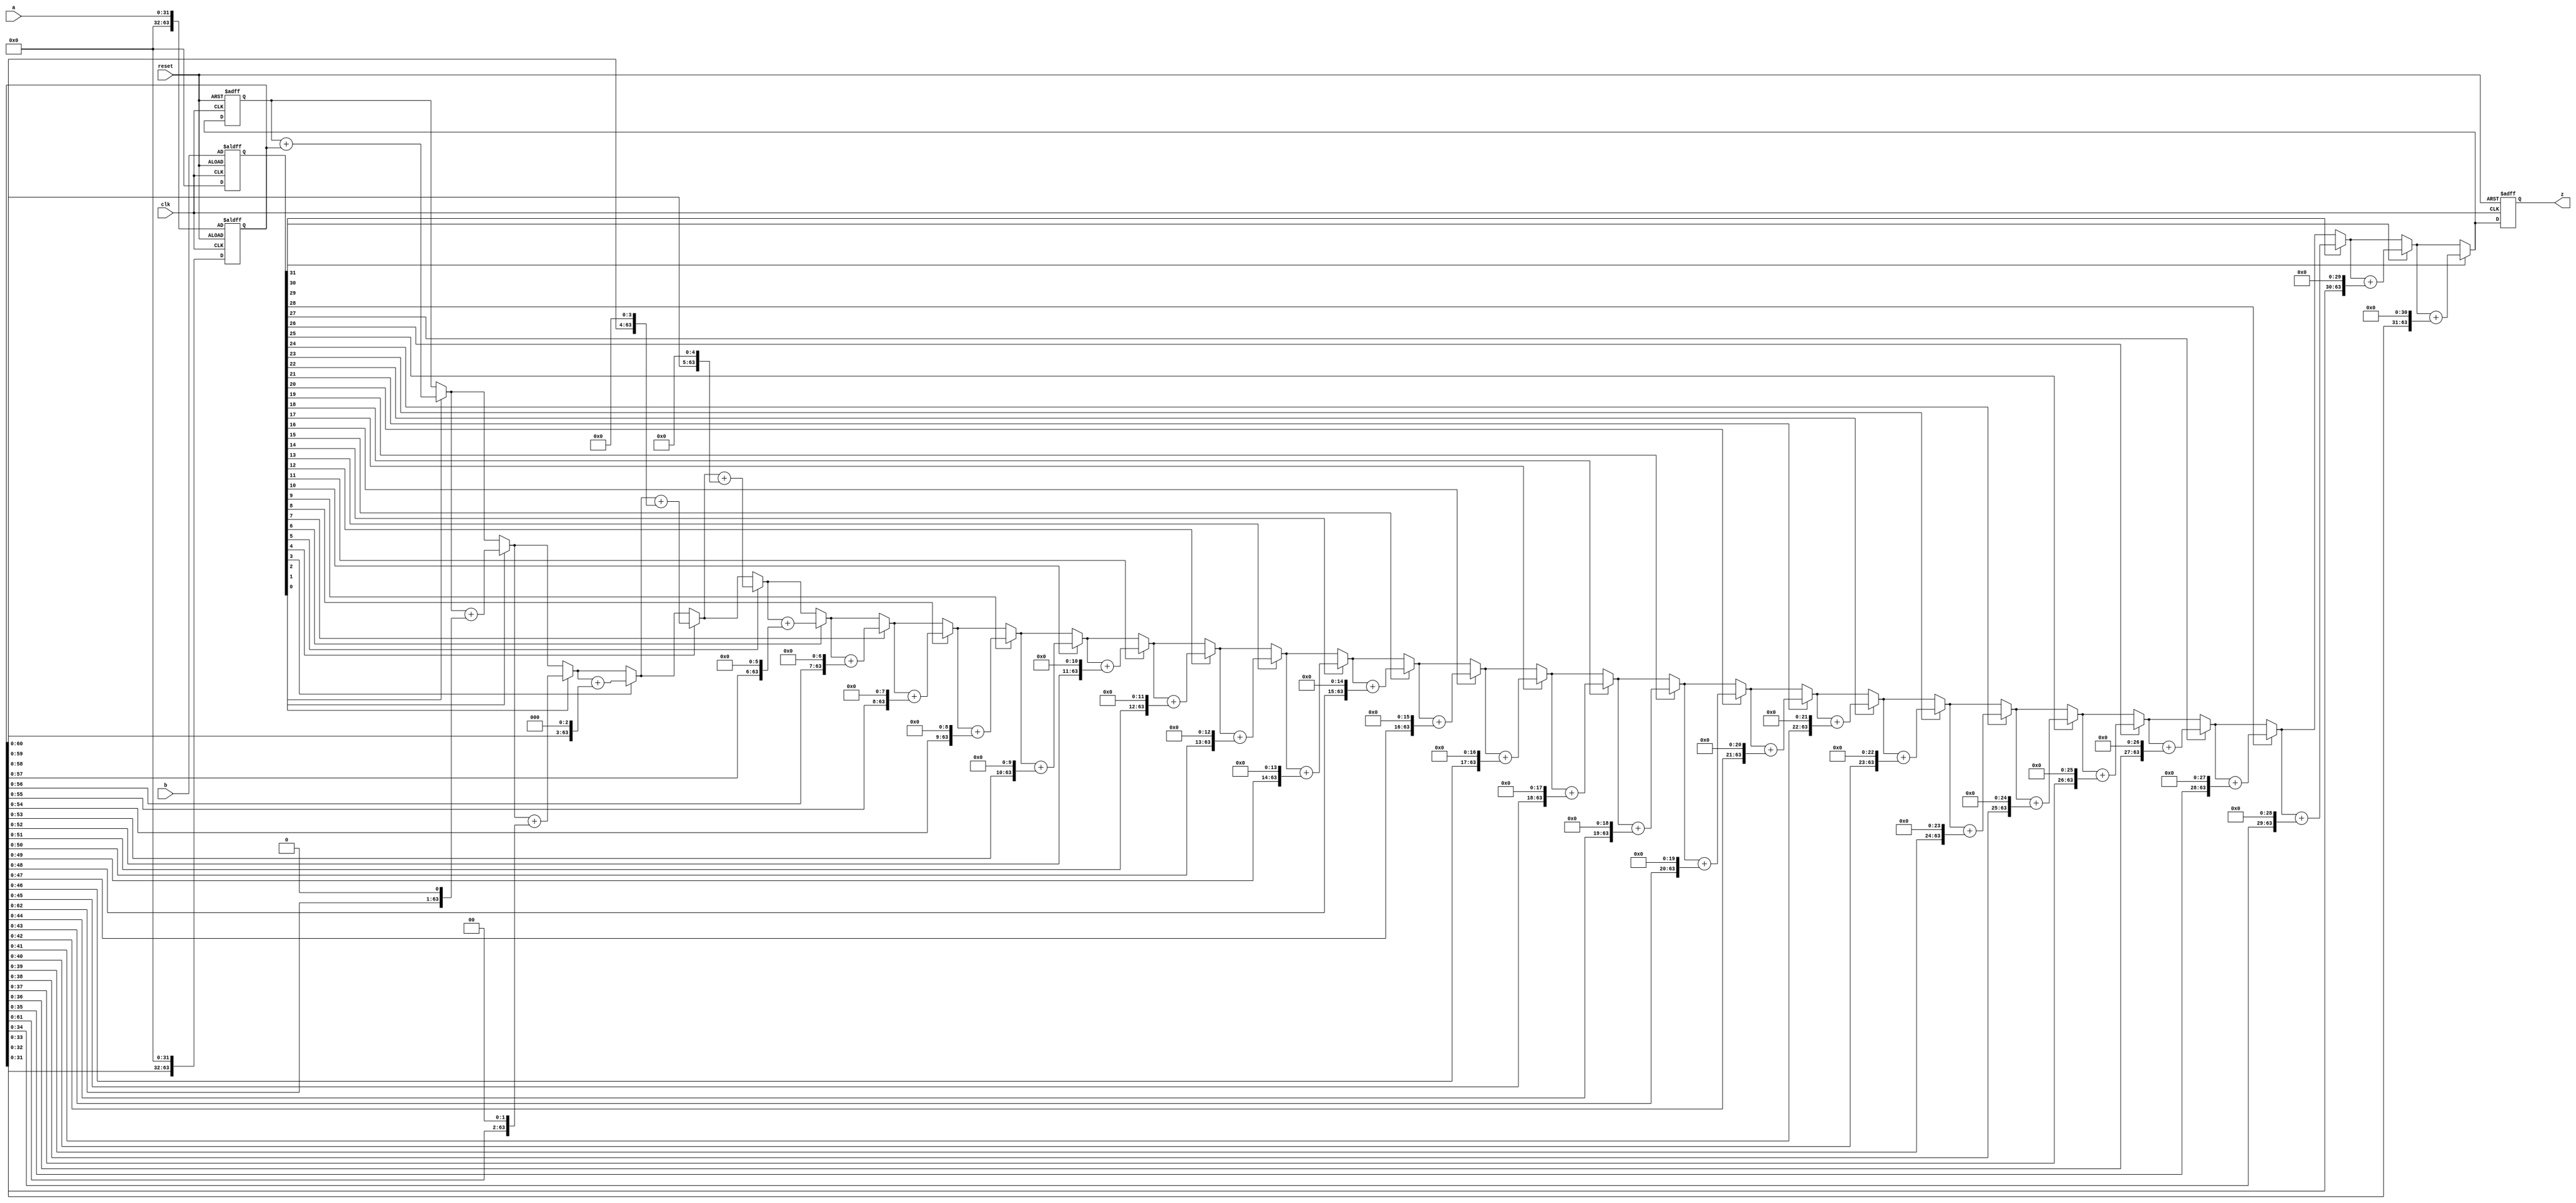
`timescale 1ns / 1ps
//////////////////////////////////////////////////////////////////////////////////
// Company: 
// Engineer: 
// 
// Design Name: 
// Module Name: MULTU
// Project Name: 
// Target Devices: 
// Tool Versions: 
// Description: 
// 
// Dependencies: 
// 
// Revision:
// Revision 0.01 - File Created
// Additional Comments:
// 
//////////////////////////////////////////////////////////////////////////////////
/**/

module MULTU(
    input clk,
    input reset,//
    input [31:0] a,
    input [31:0] b,
    output reg [63:0] z
    );
    reg [63:0] temp;
    reg [63:0]temp_a;
    reg [31:0] temp_b;
    integer cnt=0;
    always@(posedge clk or posedge reset)
    begin
        if(reset)
        begin 
            temp<=0;
            temp_a<={32'b0,a};//0
            temp_b<=b;
            cnt<=0;
        end
        else
        begin
        temp<=0;
         temp_a<={32'b0,a};//0
         temp_b<=b;
         cnt<=0;
           for(cnt=0;cnt<32;cnt=cnt+1)
            begin
               
                if(temp_b[0])
                begin
                    temp=temp+temp_a;
                end
                else
                begin
                end
              temp_b=temp_b>>1;
             temp_a=temp_a << 1;
            end
        end
        z=temp;
    end
   // assign z=temp;
endmodule

/*module MULTU( 
 input clk, // 
 input reset, 
 input [31:0] a, //  a() 
 input [31:0] b, //  b() 
 output [63:0] z //  z 
 ); 
 // 
 reg [63:0] temp; 
 reg [63:0] stored0; 
 reg [63:0] stored1; 
 reg [63:0] stored2; 
 reg [63:0] stored3; 
 reg [63:0] stored4; 
reg [63:0] stored5; 
 reg [63:0] stored6; 
 reg [63:0] stored7; 
reg [63:0] add0_1; 
reg [63:0] add2_3; 
reg [63:0] add4_5; 
reg [63:0] add6_7; 
reg [63:0] add0t1_2t3; 
 reg [63:0] add4t5_6t7; 
 reg [63:0] add0t3_4t7; 
 
 always @(posedge clk or negedge reset) 
 begin 
 temp <= 0; 
 stored0 <= 0; 
 stored1 <= 0; 
 stored2 <= 0; 
 stored3 <= 0; 
 stored4 <= 0; 
 stored5 <= 0; 
 stored6 <= 0; 
stored7 <= 0; 
 add0_1 <= 0; 
 add2_3 <= 0; 
 add4_5 <= 0; 
 add6_7 <= 0; 
 add0t1_2t3 <= 0; 
 add4t5_6t7 <= 0; 
 end 
 else begin 
 //
 stored0 <= b[0]? {8'b0, a} : 16'b0; 
 stored1 <= b[1]? {7'b0, a, 1'b0} :16'b0; 
 stored2 <= b[2]? {6'b0, a, 2'b0} :16'b0; 
 stored3 <= b[3]? {5'b0, a, 3'b0} :16'b0; 
 stored4 <= b[4]? {4'b0, a, 4'b0} :16'b0; 
 stored5 <= b[5]? {3'b0, a, 5'b0} :16'b0; 
 stored6 <= b[6]? {2'b0, a, 6'b0} :16'b0; 
 stored7 <= b[7]? {1'b0, a, 7'b0} :16'b0; 
 add0_1 <= stored1 + stored0; 
 add2_3 <= stored2 + stored3; 
 add4_5 <= stored4 + stored5; 
 add6_7 <= stored6 + stored7; 
 add0t1_2t3 <= add0_1 + add2_3; 
 add4t5_6t7 <= add4_5 + add6_7; 
 temp <= add0t1_2t3 + add4t5_6t7; 
 end 
 end 
 assign z = temp; 
endmodule*/